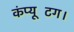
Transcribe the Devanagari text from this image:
कंप्यूटिंग।